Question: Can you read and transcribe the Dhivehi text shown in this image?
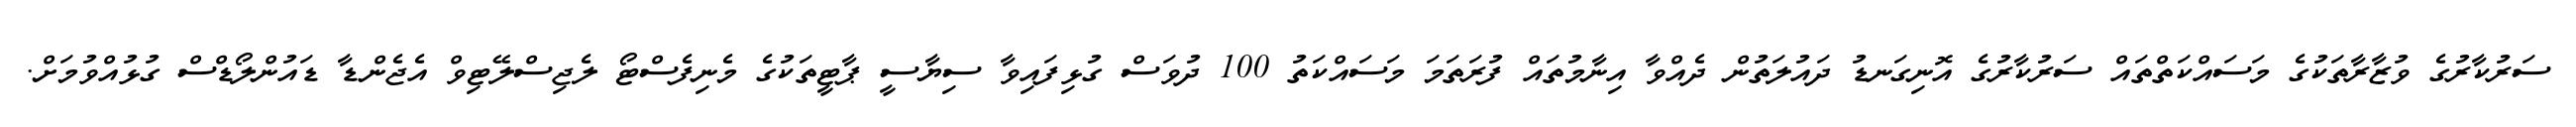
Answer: ސަރުކާރުގެ ވުޒާރާތަކުގެ މަސައްކަތްތައް ސަރުކާރުގެ އޮނިގަނޑު ދައުލަތުން ދެއްވާ އިނާމުތައް ފުރަތަމަ މަސައްކަތު 100 ދުވަސް ގުޅިފައިވާ ސިޔާސީ ޕާޓީތަކުގެ މެނިފެސްޓޯ ލެޖިސްލޭޓިވް އެޖެންޑާ ޑައުންލޯޑްސް ގުޅުއްވުމަށް.